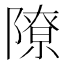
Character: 𫕔